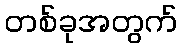
တစ်ခုအတွက်